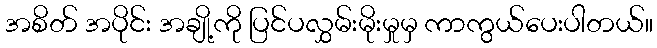
အစိတ် အပိုင်း အချို့ကို ပြင်ပလွှမ်းမိုးမှုမှ ကာကွယ်ပေးပါတယ်။